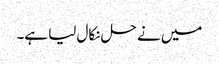
میں نے حل نکال لیا ہے۔